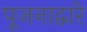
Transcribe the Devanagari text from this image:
पूजनाद्वारे